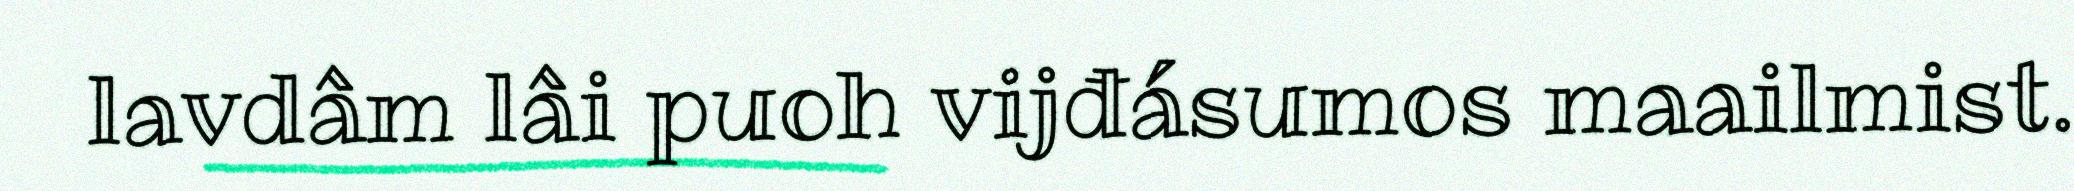
lavdâm lâi puoh vijđásumos maailmist.